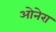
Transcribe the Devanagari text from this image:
ओनेरा